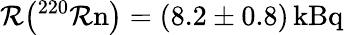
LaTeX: \mathcal{R}\big(\mathrm{{^{220}\mathcal{R}n}}\big)=(8.2\pm0.8)\, \mathrm{{kBq}}